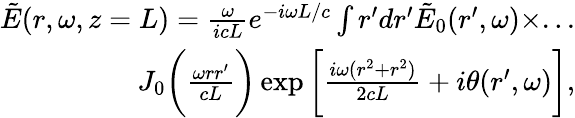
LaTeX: \begin{array}{r}{\tilde{E}(r,\omega,z=L)=\frac{\omega}{icL}e^{-i\omega L/c}\int r^{\prime}dr^{\prime}\tilde{E}_{0}(r^{\prime},\omega)\times...}\\ {J_{0}\bigg(\frac{\omega rr^{\prime}}{cL}\bigg)\exp{\bigg[\frac{i\omega(r^{2}+r^{2})}{2cL}+i\theta(r^{\prime},\omega)\bigg]},}\end{array}